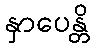
နှာပေန္တိ